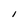
Character: I